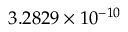
3 . 2 8 2 9 \times 1 0 ^ { - 1 0 }